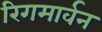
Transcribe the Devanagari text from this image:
रिगमार्वन